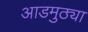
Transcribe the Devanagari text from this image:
आडमुठ्या